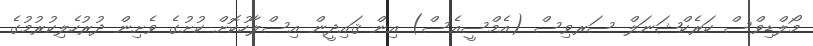
މޯލްޑިވްސް ކަރެކްޝަނަލް ސަރވިސް (އެމްސީއެސް) އިން ޤައިދީން އިސްލާހުކޮށް ކުށުގެ ވެށިން ދުރުހެލިކުރުމުގެ